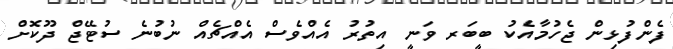
ފެންފުޅިން ޖެހުމާއެކު ބީބަރ ވަނީ އިތުރު އެއްވެސް އެއްޗެއް ނުބުނެ ސުޓޭޖް ދޫކޮށް